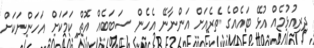
ދިރިއުޅުމެއް އުޅޭ ބައެއްގެ ތެރެއަށް އަންނާނޭ އެހެން ސަބަބެއް އޮތް ކަމަކަށް އަހަންނަކަށް